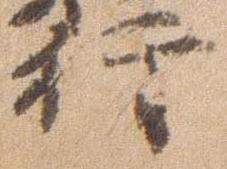
行